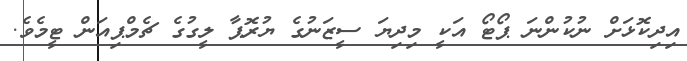
އިދިކޮޅަށް ނުކުންނަ ޕޯޓޯ އަކީ މިދިޔަ ސީޒަނުގެ ޔުރޮޕާ ލީގުގެ ޗެމްޕިއަން ޓީމެވެ.